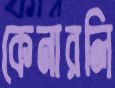
কেনারলি